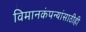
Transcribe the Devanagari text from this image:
विमानकंपन्यांसाठीही